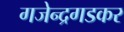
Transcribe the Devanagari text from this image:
गजेन्द्रगडकर